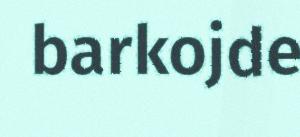
barkojde